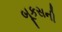
બૂકસની